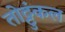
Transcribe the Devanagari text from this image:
तोट्टुंकल